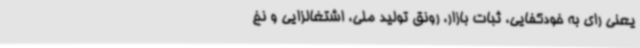
یعنی رای به خودکفایی، ثبات بازار، رونق تولید ملی، اشتغالزایی و نخ